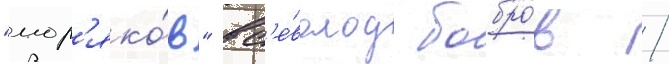
"мор'яко́в" вс'е́волод бобро́в /